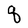
Character: q